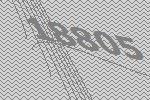
18805